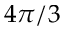
4 \pi / 3